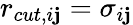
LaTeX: r_{cut,i\mathbf{j}}=\sigma_{i\mathbf{j}}